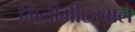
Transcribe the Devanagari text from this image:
मिलीमीटरवाले